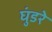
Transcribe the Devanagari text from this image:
घुंडरे